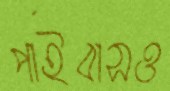
পাইবাসও